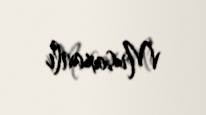
Musaxanlı